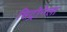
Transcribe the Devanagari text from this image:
सिट्रोनेला